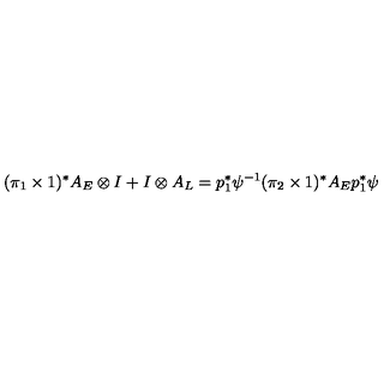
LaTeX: ( \pi _ { 1 } \times 1 ) ^ { * } A _ { E } \otimes I + I \otimes A _ { L } = p _ { 1 } ^ { * } \psi ^ { - 1 } ( \pi _ { 2 } \times 1 ) ^ { * } A _ { E } p _ { 1 } ^ { * } \psi